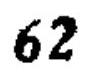
\(62\)